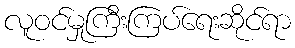
လူဝင်မှုကြီးကြပ်ရေးဆိုင်ရာ